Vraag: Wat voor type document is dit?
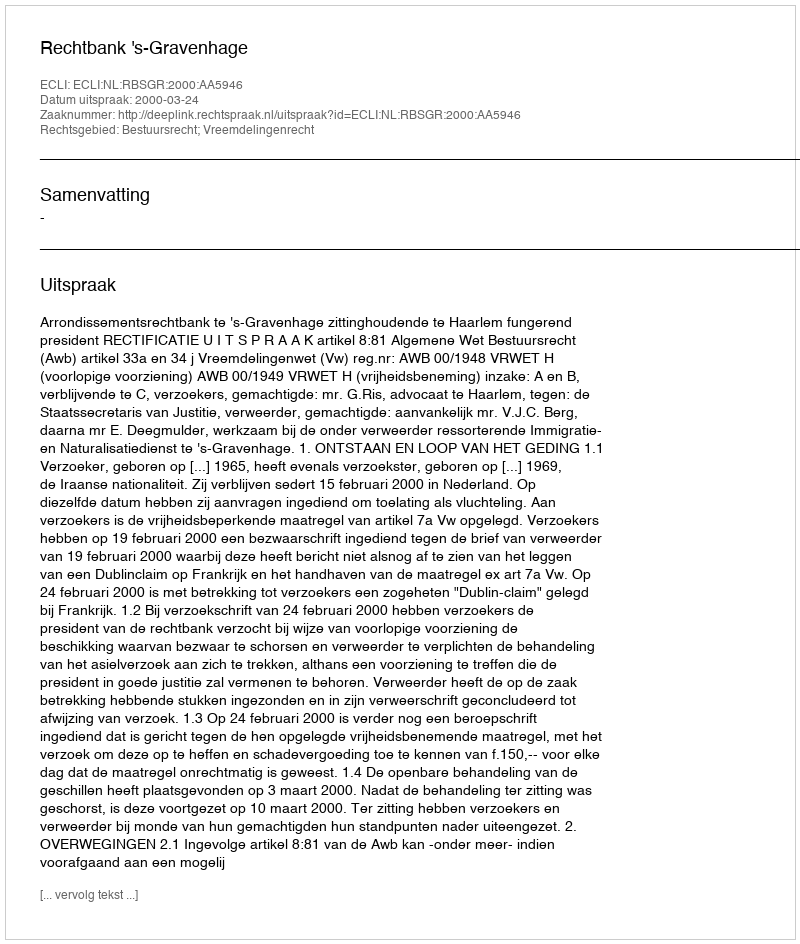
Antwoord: Uitspraak